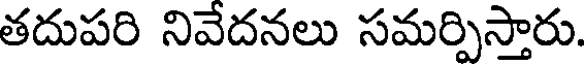
తదుపరి నివేదనలు సమర్పిస్తారు.